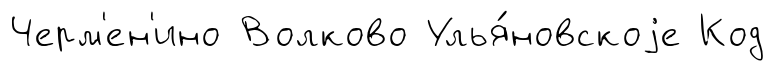
Черм'ен'ино Волково Улья́новскоjе Код